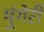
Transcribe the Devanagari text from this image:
मुंगेरी